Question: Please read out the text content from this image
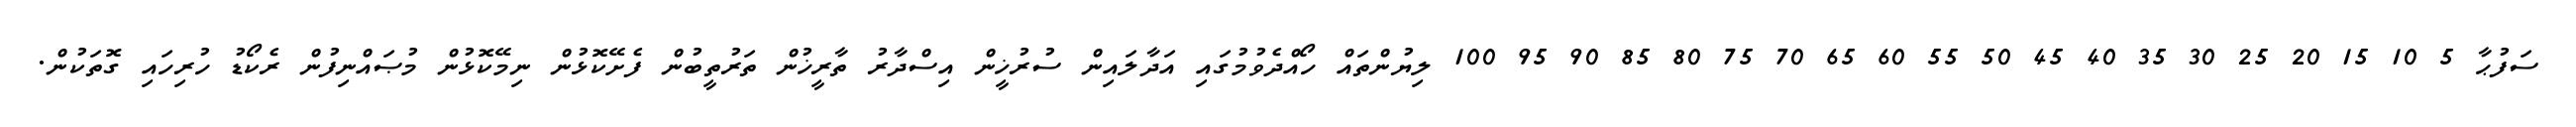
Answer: ސަފުޙާ 5 10 15 20 25 30 35 40 45 50 55 60 65 70 75 80 85 90 95 100 ލިޔުންތައް ހޯއްދެވުމުގައި އަދާލައިން ސުރުޚީން އިސްދާރު ތާރީޚުން ތަރުތީބުން ފެށޭކޮޅުން ނިމޭކޮޅުން މުޞައްނިފުން ރެކޯޑު ހުރިހައި ގޮތަކުން.